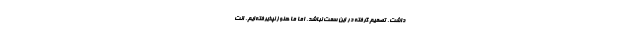
داشت. تصمیم گرفته در این سمت نباشد، اما ما هنوز نپذیرفته‌ایم. انت